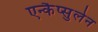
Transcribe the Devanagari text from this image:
एन्कैप्सुलेन